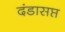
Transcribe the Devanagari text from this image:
दंडासप्त